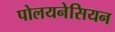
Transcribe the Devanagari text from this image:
पोलयनेसियन